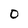
Character: O